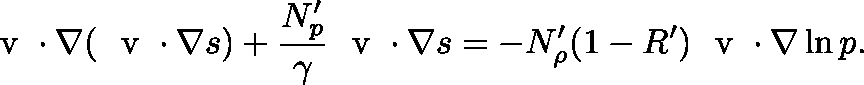
\ensuremath { \mathrm { ~ \boldmath ~ v ~ } } \cdot \nabla ( \ensuremath { \mathrm { ~ \boldmath ~ v ~ } } \cdot \nabla s ) + \frac { N _ { p } ^ { \prime } } { \gamma } \ensuremath { \mathrm { ~ \boldmath ~ v ~ } } \cdot \nabla s = - N _ { \rho } ^ { \prime } ( 1 - R ^ { \prime } ) \ensuremath { \mathrm { ~ \boldmath ~ v ~ } } \cdot \nabla \ln p .